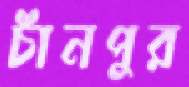
চাঁনপুর